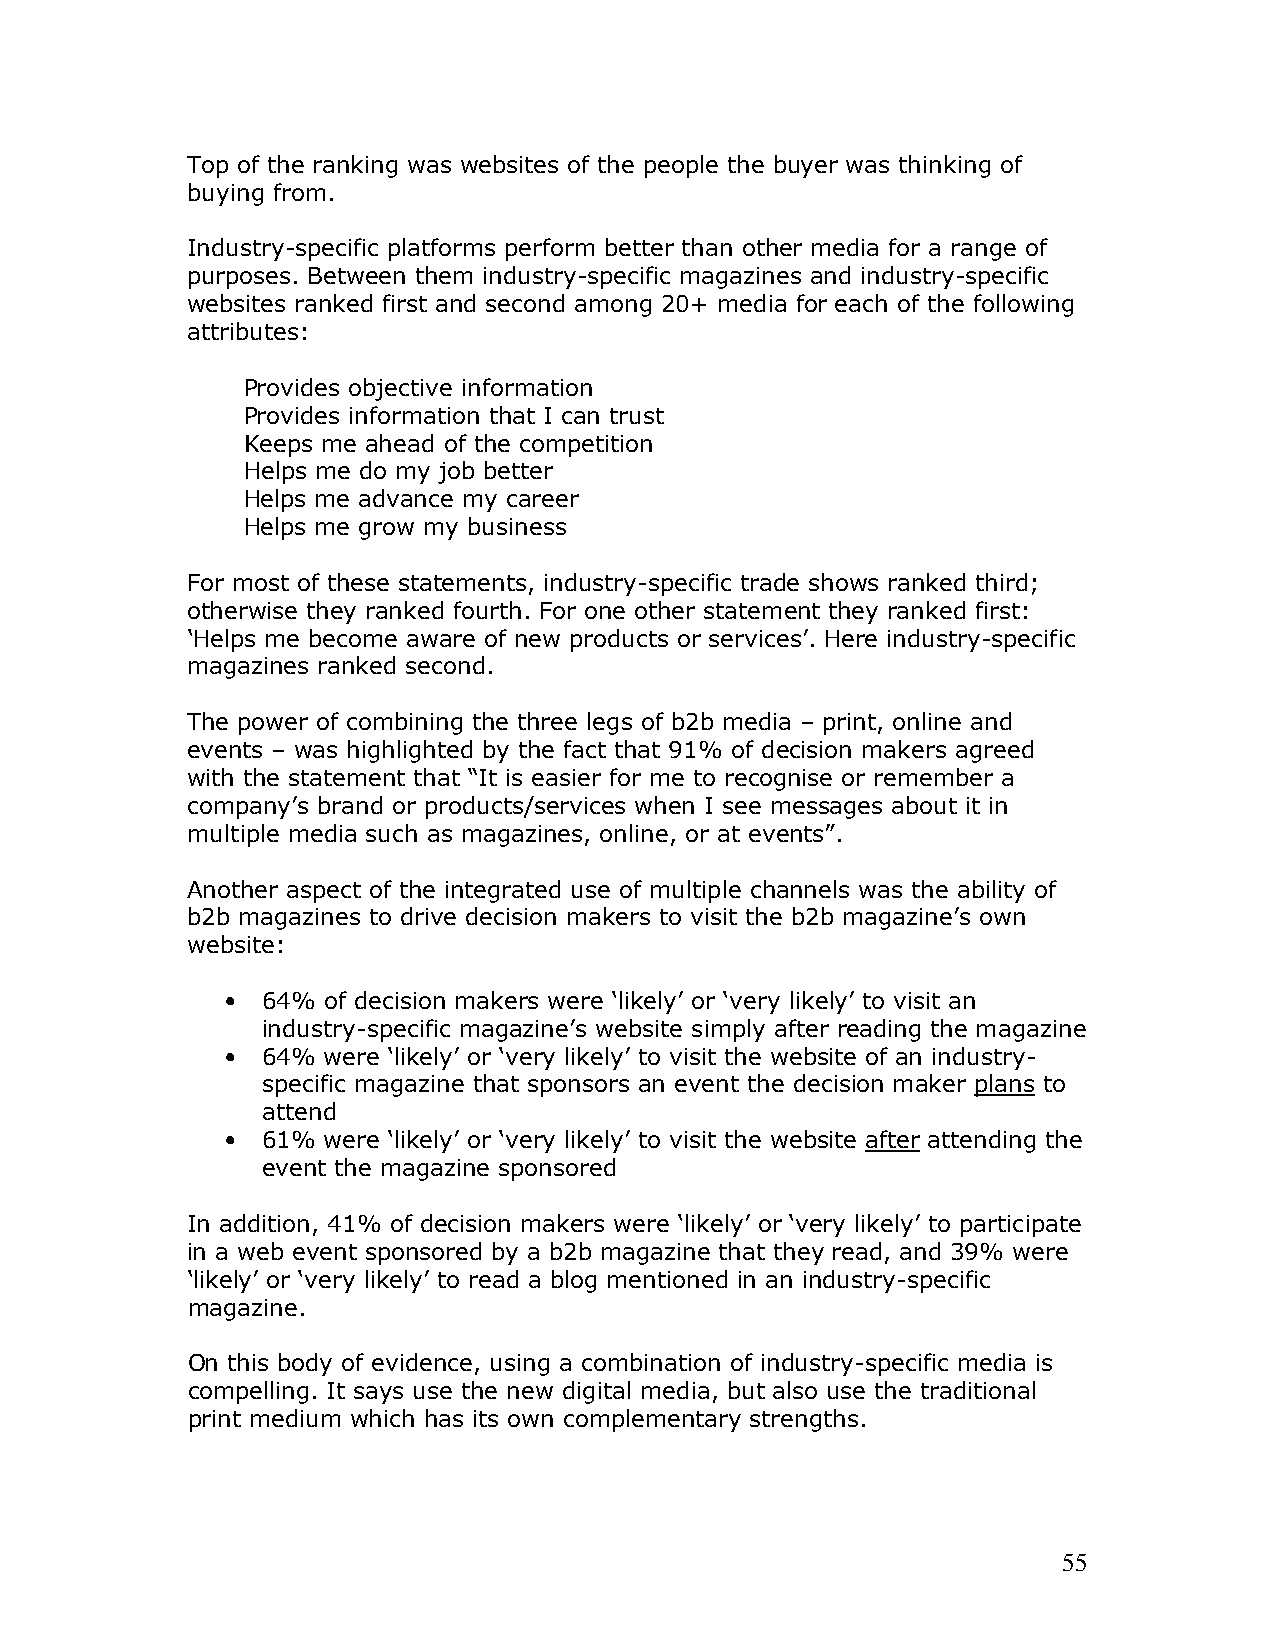
Top of the ranking was websites of the people the buyer was thinking of
 buying from.
 Industry-specific platforms perform better than other media for a range of
 purposes. Between them industry-specific magazines and industry-specific
 websites ranked first and second among 20+ media for each of the following
 attributes:
 Provides objective information
 Provides information that I can trust
 Keeps me ahead of the competition
 Helps me do my job better
 Helps me advance my career
 Helps me grow my business
 For most of these statements, industry-specific trade shows ranked third;
 otherwise they ranked fourth. For one other statement they ranked first:
 ‘Helps me become aware of new products or services’. Here industry-specific
 magazines ranked second.
 The power of combining the three legs of b2b media – print, online and
 events – was highlighted by the fact that 91% of decision makers agreed
 with the statement that “It is easier for me to recognise or remember a
 company’s brand or products/services when I see messages about it in
 multiple media such as magazines, online, or at events”.
 Another aspect of the integrated use of multiple channels was the ability of
 b2b magazines to drive decision makers to visit the b2b magazine’s own
 website:
 • 64% of decision makers were ‘likely’ or ‘very likely’ to visit an
 industry-specific magazine’s website simply after reading the magazine
 • 64% were ‘likely’ or ‘very likely’ to visit the website of an industry-
 specific magazine that sponsors an event the decision maker plans to
 attend
 • 61% were ‘likely’ or ‘very likely’ to visit the website after attending the
 event the magazine sponsored
 In addition, 41% of decision makers were ‘likely’ or ‘very likely’ to participate
 in a web event sponsored by a b2b magazine that they read, and 39% were
 ‘likely’ or ‘very likely’ to read a blog mentioned in an industry-specific
 magazine.
 On this body of evidence, using a combination of industry-specific media is
 compelling. It says use the new digital media, but also use the traditional
 print medium which has its own complementary strengths.
 55